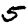
Digit: 5